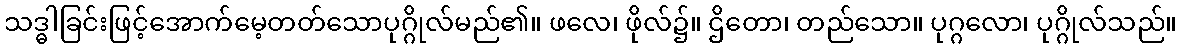
သဒ္ဓါခြင်းဖြင့်အောက်မေ့တတ်သောပုဂ္ဂိုလ်မည်၏။ ဖလေ၊ ဖိုလ်၌။ ဌိတော၊ တည်သော။ ပုဂ္ဂလော၊ ပုဂ္ဂိုလ်သည်။